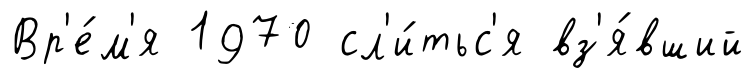
Вр'е́м'я 1970 сл'и́тьс'я вз'я́вший